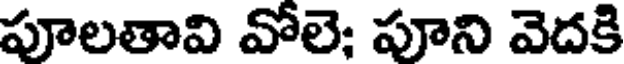
పూలతావి వోలె; పూని వెదకి